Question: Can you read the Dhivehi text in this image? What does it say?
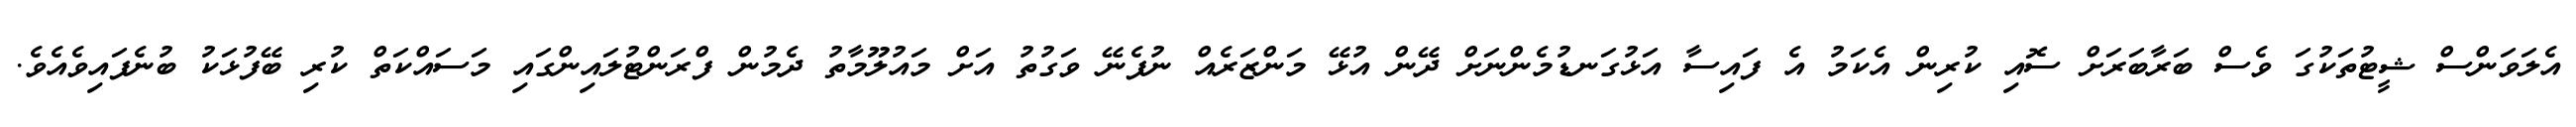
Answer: އެލަވަންސް ޝީޓުތަކުގަ ވެސް ބަރާބަރަށް ސޮއި ކުރިން އެކަމު އެ ފައިސާ އަޅުގަނޑުމެންނަށް ދޭން އުޅޭ މަންޒަރެއް ނުފެނޭ ވަގުތު އަށް މައުލޫމާތު ދެމުން ފްރަންޓުލައިންގައި މަސައްކަތް ކުރި ބޭފުޅަކު ބުނެފައިވެއެވެ.